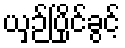
ယှဉ်ပြိုင်ခွင့်